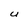
Character: U